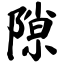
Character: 隙